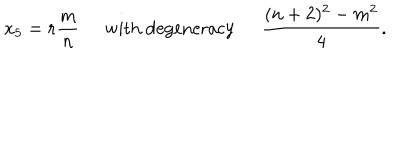
x _ { 5 } = r \frac { m } { n } \; \; \mathrm { w i t h \ d e g e n e r a c y } \; \; \frac { ( n + 2 ) ^ { 2 } - m ^ { 2 } } { 4 } .